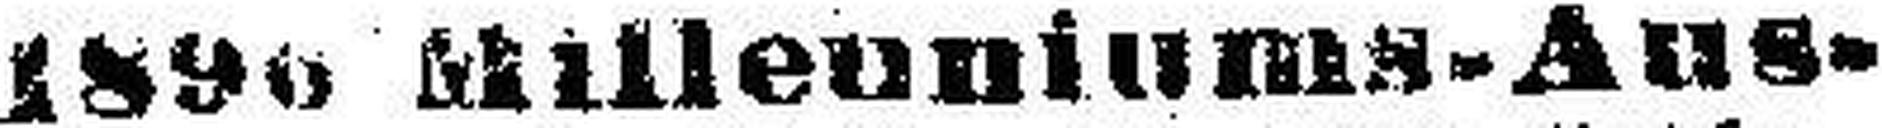
1890 Millenniums-Aus¬